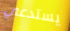
يستدعي